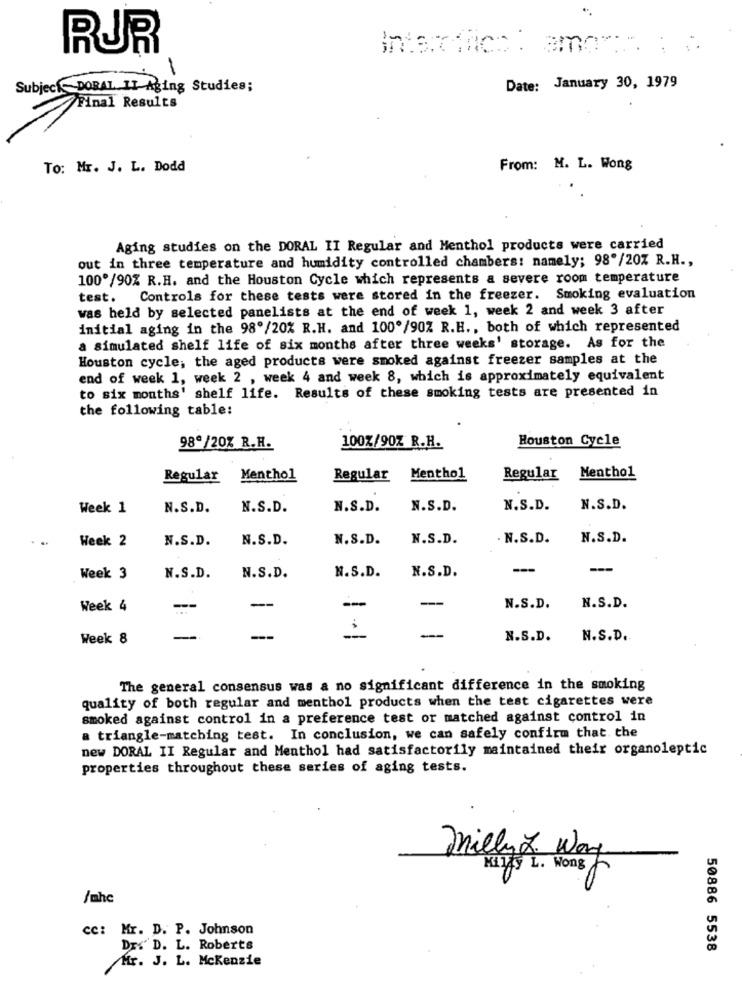
RUR
1
Subject DORAL II-Aging Studies;
Date: January 30, 1979
Final Results
To: Mr. J. L. Dodd
From: M. L. Wong
Aging studies on the DORAL II Regular and Menthol products were carried
out in three temperature and humidity controlled chambers: namely; 98'/20% R.H .,
100º/90% R.H. and the Houston Cycle which represents a severe room temperature
test. Controls for these tests were stored in the freezer. Smoking evaluation
was held by selected panelists at the end of week 1, week 2 and week 3 after
initial aging in the 98º/20% R.H. and 100º/90% R.H ., both of which represented
a simulated shelf life of six months after three weeks' storage. As for the
Houston cycle; the aged products were smoked against freezer samples at the
end of week 1, week 2 , week 4 and week 8, which is approximately equivalent
to six months' shelf life. Results of these smoking tests are presented in
the following table:
Houston Cycle
98ª/20% R.H.
100%/90Z R.H.
Regular Menthol
Regular
Menthol
Regular
Menthol
Week 1
N.S.D.
N.S.D.
N.S.D.
N.S.D.
N.S.D.
N.S.D.
Week 2
N.S.D.
N.S.D.
N.S.D.
N.S.D.
. N.S.D.
N.S.D.
---
Week 3
N.S.D.
N.S.D.
N.S.D.
N.S.D.
-
Week 4
-
N.S.D.
N.S.D.
Week 8
---
--
N.S.D.
N.S.D.
The general consensus was a no significant difference in the smoking
quality of both regular and menthol products when the test cigarettes were
smoked against control in a preference test or matched against control in
a triangle-matching test. In conclusion, we can safely confirm that the
new DORAL II Regular and Menthol had satisfactorily maintained their organoleptic
properties throughout these series of aging tests.
milly Z Way
Killy L. Wong
/mhc
cc: Mr. D. P. Johnson
Dr." D. L. Roberts
50886 5538
Mr. J. L. Mckenzie